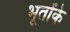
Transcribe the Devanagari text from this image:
भूतोंके